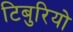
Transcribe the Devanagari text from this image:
टिबुरियो